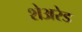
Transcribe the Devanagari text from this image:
शेअरेड